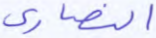
النصارى